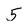
Character: 5